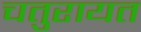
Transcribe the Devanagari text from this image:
चतुरायत